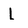
Character: L